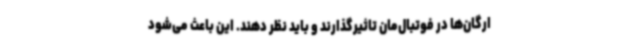
ارگان‌ها در فوتبال‌مان تاثیرگذارند و باید نظر دهند. این باعث می‌شود